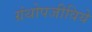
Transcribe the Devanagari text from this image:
ग्रंथोपजीविये